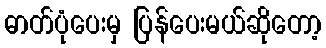
ဓာတ်ပုံပေးမှ ပြန်ပေးမယ်ဆိုတော့